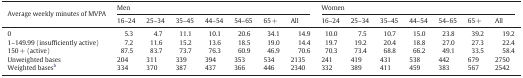
| Average weekly minutes of MVPA | <COLSPAN=7> Men | <COLSPAN=7> Women |
 | 16–24 | 25–34 | 35–45 | 44–54 | 54–65 | 65 + | All | 16–24 | 25–34 | 35–45 | 44–54 | 54–65 | 65 + | All |
 | --- | --- | --- | --- | --- | --- | --- | --- | --- | --- | --- | --- | --- | --- | --- |
 | 0 | 5.3 | 4.7 | 11.1 | 10.1 | 20.6 | 34.1 | 14.9 | 10.0 | 7.5 | 10.7 | 15.0 | 23.8 | 39.2 | 19.2 |
 | 1–149.99 (insufficiently active) | 7.2 | 11.6 | 15.2 | 13.6 | 18.5 | 19.0 | 14.4 | 19.7 | 19.2 | 20.4 | 18.8 | 27.0 | 27.3 | 22.4 |
 | 150 + (active) | 87.5 | 83.7 | 73.7 | 76.3 | 60.9 | 46.9 | 70.6 | 70.3 | 73.4 | 68.8 | 66.2 | 49.1 | 33.5 | 58.4 |
 | Unweighted bases | 204 | 311 | 339 | 394 | 353 | 534 | 2135 | 241 | 419 | 431 | 538 | 442 | 679 | 2750 |
 | Weighted basesb | 334 | 370 | 387 | 437 | 366 | 446 | 2340 | 332 | 389 | 411 | 459 | 383 | 567 | 2542 |